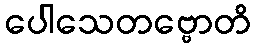
ပေါသေတဗ္ဗောတိ